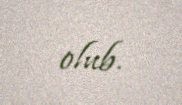
olub.